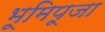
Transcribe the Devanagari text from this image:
भूमिपूजा